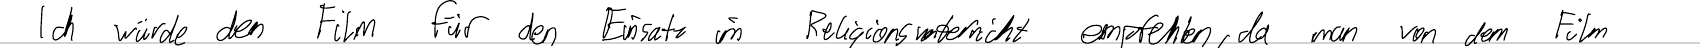
Ich würde den Film für den Einsatz im Religionsunterricht empfehlen, da man von dem Film